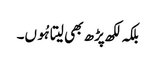
بلکہ لکھ پڑھ بھی لیتا ہُوں۔